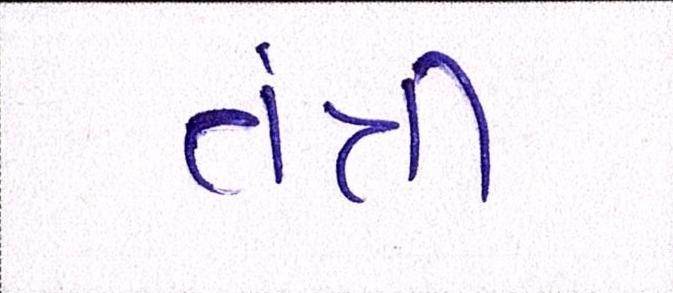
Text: તંત્રી